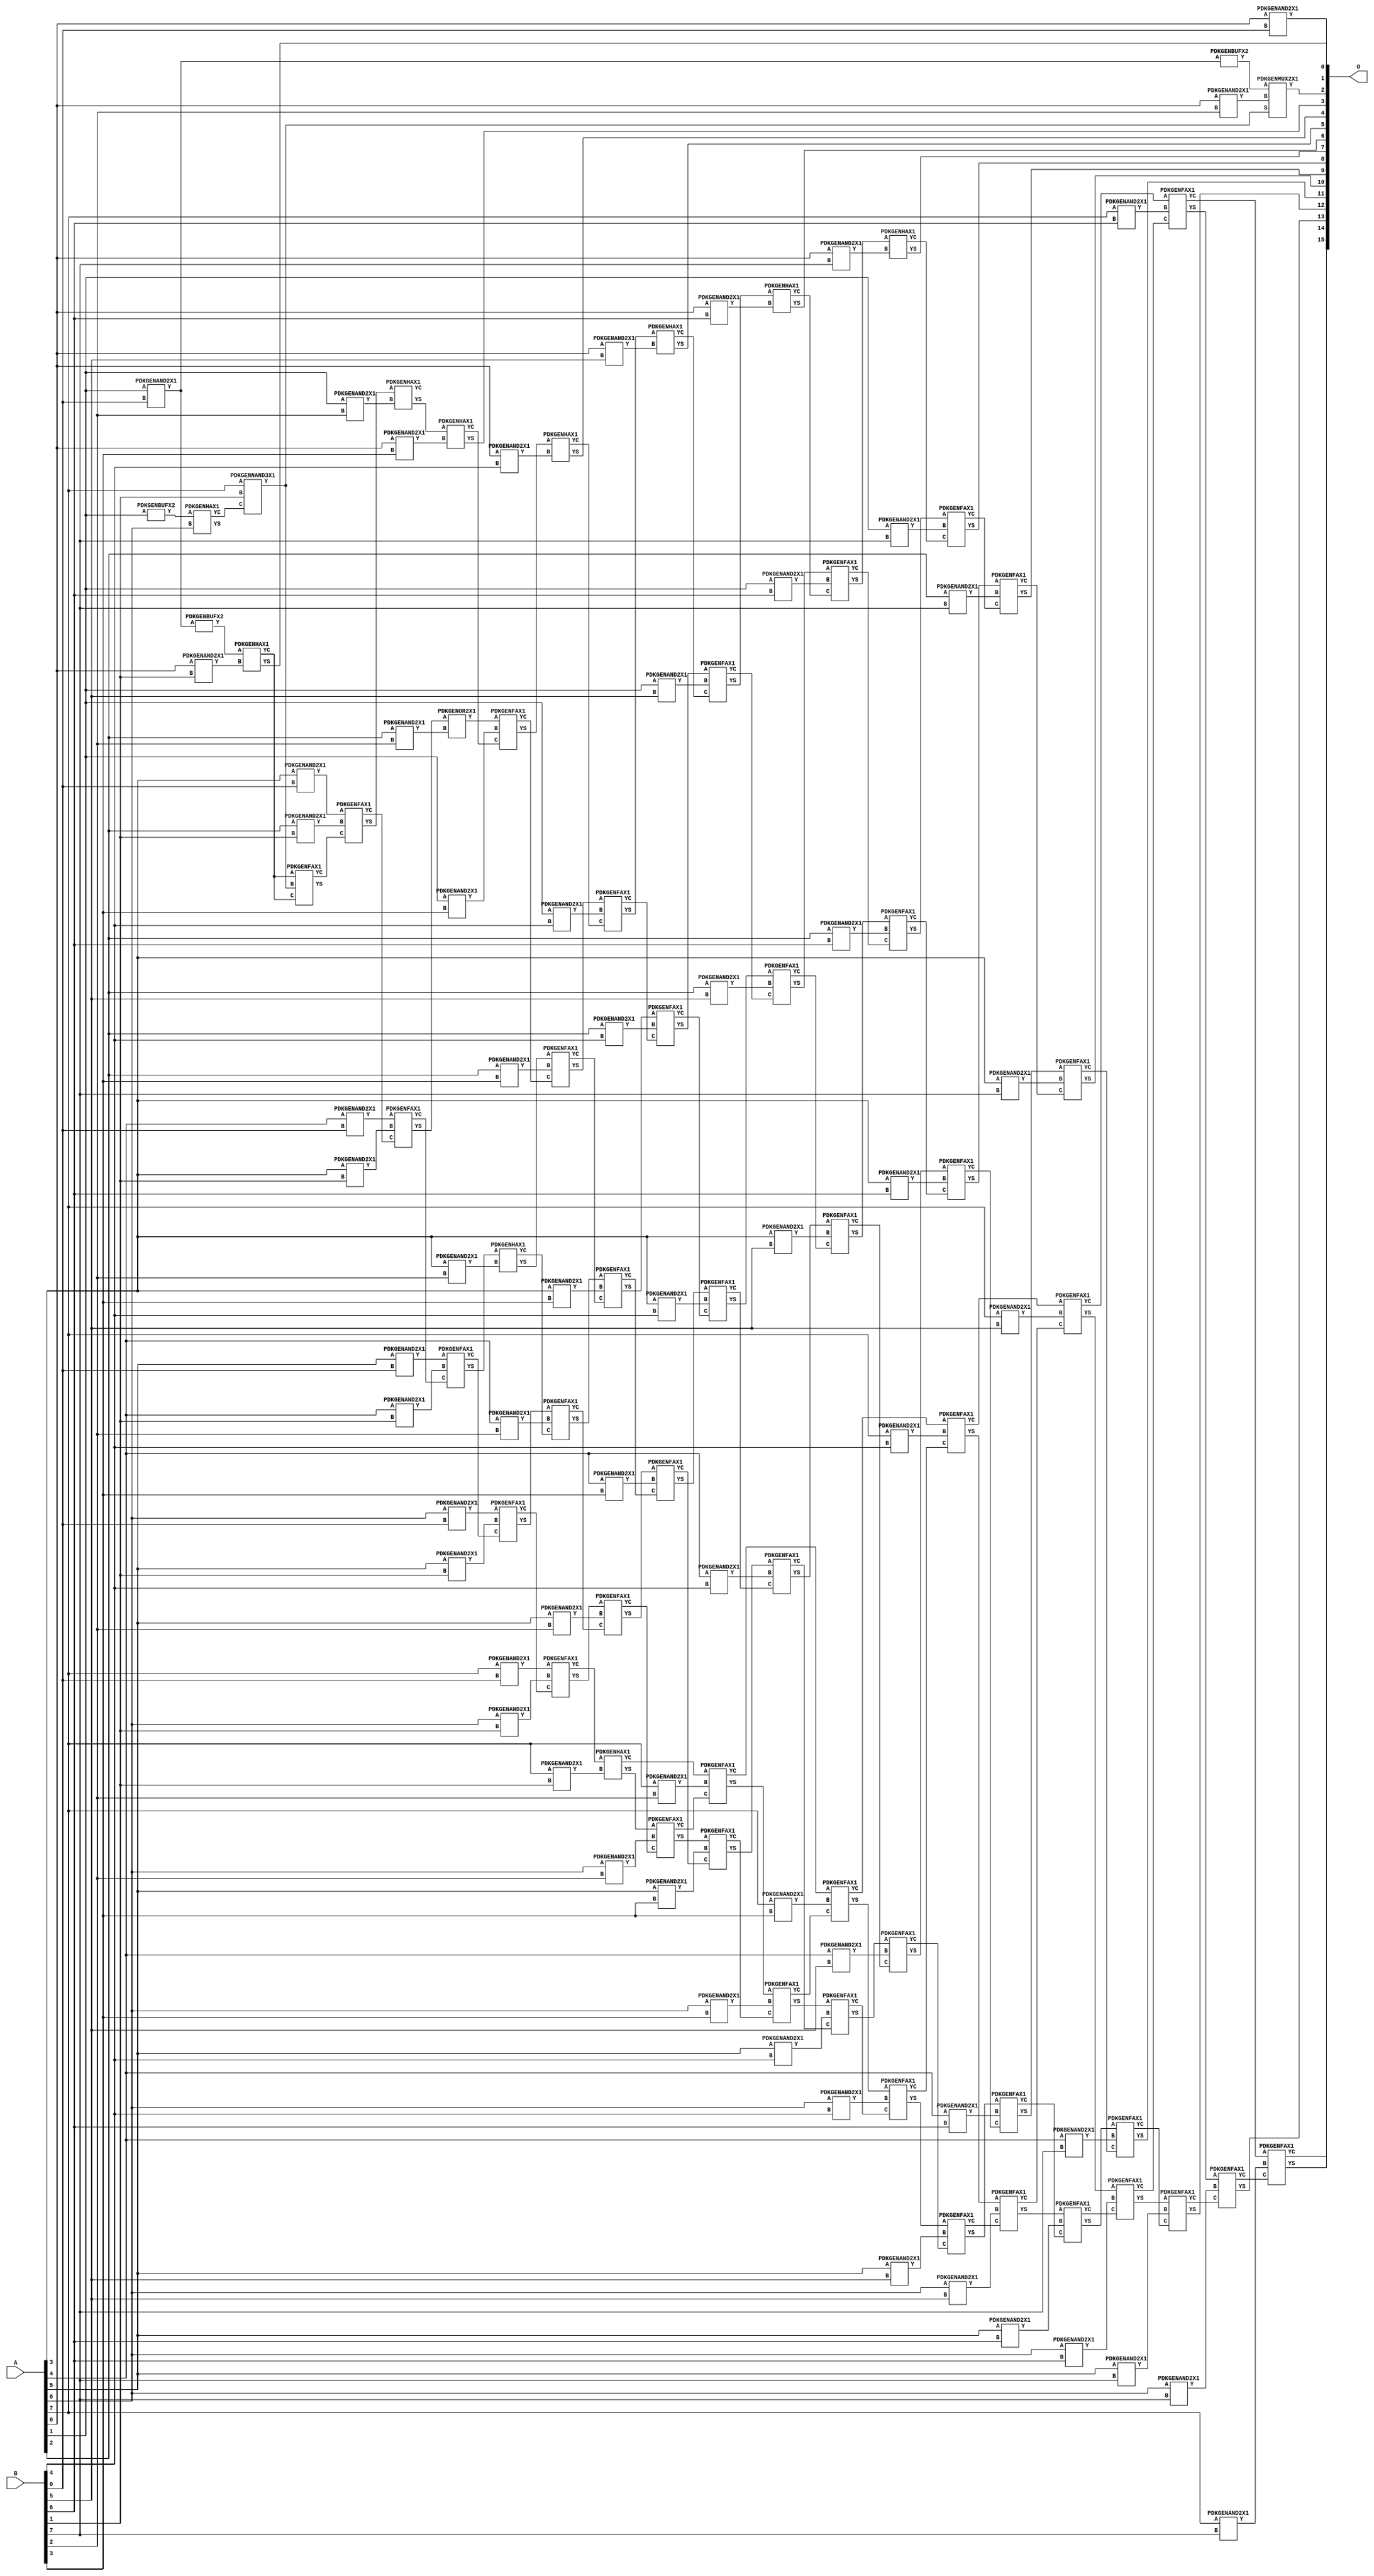
// Library = EvoApprox8b
// Circuit = mul8_050
// Area   (180) = 8372
// Delay  (180) = 5.280
// Power  (180) = 4343.40
// Area   (45) = 609
// Delay  (45) = 1.940
// Power  (45) = 377.60
// Nodes = 123
// HD = 58749
// MAE = 4.71875
// MSE = 92.87500
// MRE = 0.17 %
// WCE = 40
// WCRE = 100 %
// EP = 43.9 %

module mul8_050(A, B, O);
  input [7:0] A;
  input [7:0] B;
  output [15:0] O;
  wire [2031:0] N;

  assign N[0] = A[0];
  assign N[1] = A[0];
  assign N[2] = A[1];
  assign N[3] = A[1];
  assign N[4] = A[2];
  assign N[5] = A[2];
  assign N[6] = A[3];
  assign N[7] = A[3];
  assign N[8] = A[4];
  assign N[9] = A[4];
  assign N[10] = A[5];
  assign N[11] = A[5];
  assign N[12] = A[6];
  assign N[13] = A[6];
  assign N[14] = A[7];
  assign N[15] = A[7];
  assign N[16] = B[0];
  assign N[17] = B[0];
  assign N[18] = B[1];
  assign N[19] = B[1];
  assign N[20] = B[2];
  assign N[21] = B[2];
  assign N[22] = B[3];
  assign N[23] = B[3];
  assign N[24] = B[4];
  assign N[25] = B[4];
  assign N[26] = B[5];
  assign N[27] = B[5];
  assign N[28] = B[6];
  assign N[29] = B[6];
  assign N[30] = B[7];
  assign N[31] = B[7];

  PDKGENAND2X1 n32(.A(N[0]), .B(N[16]), .Y(N[32]));
  PDKGENBUFX2 n40(.A(N[2]), .Y(N[40]));
  assign N[41] = N[40];
  PDKGENAND2X1 n48(.A(N[2]), .B(N[16]), .Y(N[48]));
  assign N[49] = N[48];
  PDKGENBUFX2 n60(.A(N[49]), .Y(N[60]));
  assign N[61] = N[60];
  PDKGENHAX1 n80(.A(N[41]), .B(N[12]), .YS(N[80]), .YC(N[81]));
  PDKGENAND2X1 n82(.A(N[6]), .B(N[16]), .Y(N[82]));
  PDKGENAND2X1 n98(.A(N[8]), .B(N[16]), .Y(N[98]));
  PDKGENAND2X1 n114(.A(N[10]), .B(N[16]), .Y(N[114]));
  PDKGENAND2X1 n132(.A(N[12]), .B(N[16]), .Y(N[132]));
  PDKGENAND2X1 n148(.A(N[14]), .B(N[16]), .Y(N[148]));
  PDKGENAND2X1 n164(.A(N[0]), .B(N[18]), .Y(N[164]));
  PDKGENBUFX2 n168(.A(N[49]), .Y(N[168]));
  assign N[169] = N[168];
  PDKGENNAND3X1 n182(.A(N[14]), .B(N[18]), .C(N[81]), .Y(N[182]));
  assign N[183] = N[182];
  PDKGENAND2X1 n198(.A(N[4]), .B(N[18]), .Y(N[198]));
  PDKGENAND2X1 n214(.A(N[6]), .B(N[18]), .Y(N[214]));
  PDKGENAND2X1 n232(.A(N[8]), .B(N[18]), .Y(N[232]));
  PDKGENAND2X1 n248(.A(N[10]), .B(N[18]), .Y(N[248]));
  PDKGENAND2X1 n264(.A(N[12]), .B(N[18]), .Y(N[264]));
  PDKGENAND2X1 n282(.A(N[14]), .B(N[18]), .Y(N[282]));
  PDKGENHAX1 n298(.A(N[169]), .B(N[164]), .YS(N[298]), .YC(N[299]));
  PDKGENFAX1 n314(.A(N[299]), .B(N[182]), .C(N[299]), .YS(N[314]), .YC(N[315]));
  PDKGENFAX1 n332(.A(N[82]), .B(N[198]), .C(N[315]), .YS(N[332]), .YC(N[333]));
  PDKGENFAX1 n348(.A(N[98]), .B(N[214]), .C(N[333]), .YS(N[348]), .YC(N[349]));
  PDKGENFAX1 n364(.A(N[114]), .B(N[232]), .C(N[349]), .YS(N[364]), .YC(N[365]));
  PDKGENFAX1 n382(.A(N[132]), .B(N[248]), .C(N[365]), .YS(N[382]), .YC(N[383]));
  PDKGENFAX1 n398(.A(N[148]), .B(N[264]), .C(N[383]), .YS(N[398]), .YC(N[399]));
  PDKGENHAX1 n414(.A(N[399]), .B(N[282]), .YS(N[414]), .YC(N[415]));
  PDKGENAND2X1 n432(.A(N[0]), .B(N[20]), .Y(N[432]));
  PDKGENAND2X1 n448(.A(N[2]), .B(N[20]), .Y(N[448]));
  PDKGENAND2X1 n464(.A(N[4]), .B(N[20]), .Y(N[464]));
  PDKGENAND2X1 n482(.A(N[6]), .B(N[20]), .Y(N[482]));
  PDKGENAND2X1 n498(.A(N[8]), .B(N[20]), .Y(N[498]));
  PDKGENAND2X1 n514(.A(N[10]), .B(N[20]), .Y(N[514]));
  PDKGENAND2X1 n532(.A(N[12]), .B(N[20]), .Y(N[532]));
  PDKGENAND2X1 n548(.A(N[14]), .B(N[20]), .Y(N[548]));
  PDKGENMUX2X1 n564(.A(N[61]), .B(N[432]), .S(N[183]), .Y(N[564]));
  PDKGENHAX1 n582(.A(N[332]), .B(N[448]), .YS(N[582]), .YC(N[583]));
  PDKGENOR2X1 n598(.A(N[348]), .B(N[464]), .Y(N[598]));
  PDKGENHAX1 n614(.A(N[364]), .B(N[482]), .YS(N[614]), .YC(N[615]));
  PDKGENFAX1 n632(.A(N[382]), .B(N[498]), .C(N[615]), .YS(N[632]), .YC(N[633]));
  PDKGENFAX1 n648(.A(N[398]), .B(N[514]), .C(N[633]), .YS(N[648]), .YC(N[649]));
  PDKGENFAX1 n664(.A(N[414]), .B(N[532]), .C(N[649]), .YS(N[664]), .YC(N[665]));
  PDKGENFAX1 n682(.A(N[415]), .B(N[548]), .C(N[665]), .YS(N[682]), .YC(N[683]));
  PDKGENAND2X1 n698(.A(N[0]), .B(N[22]), .Y(N[698]));
  PDKGENAND2X1 n714(.A(N[2]), .B(N[22]), .Y(N[714]));
  PDKGENAND2X1 n732(.A(N[4]), .B(N[22]), .Y(N[732]));
  PDKGENAND2X1 n748(.A(N[6]), .B(N[22]), .Y(N[748]));
  PDKGENAND2X1 n764(.A(N[8]), .B(N[22]), .Y(N[764]));
  PDKGENAND2X1 n782(.A(N[10]), .B(N[22]), .Y(N[782]));
  PDKGENAND2X1 n798(.A(N[12]), .B(N[22]), .Y(N[798]));
  PDKGENAND2X1 n814(.A(N[14]), .B(N[22]), .Y(N[814]));
  PDKGENHAX1 n832(.A(N[582]), .B(N[698]), .YS(N[832]), .YC(N[833]));
  PDKGENFAX1 n848(.A(N[598]), .B(N[714]), .C(N[833]), .YS(N[848]), .YC(N[849]));
  PDKGENFAX1 n864(.A(N[614]), .B(N[732]), .C(N[849]), .YS(N[864]), .YC(N[865]));
  PDKGENFAX1 n882(.A(N[632]), .B(N[748]), .C(N[865]), .YS(N[882]), .YC(N[883]));
  PDKGENFAX1 n898(.A(N[648]), .B(N[764]), .C(N[883]), .YS(N[898]), .YC(N[899]));
  PDKGENFAX1 n914(.A(N[664]), .B(N[782]), .C(N[899]), .YS(N[914]), .YC(N[915]));
  PDKGENFAX1 n932(.A(N[682]), .B(N[798]), .C(N[915]), .YS(N[932]), .YC(N[933]));
  PDKGENFAX1 n948(.A(N[683]), .B(N[814]), .C(N[933]), .YS(N[948]), .YC(N[949]));
  PDKGENAND2X1 n964(.A(N[0]), .B(N[24]), .Y(N[964]));
  PDKGENAND2X1 n982(.A(N[2]), .B(N[24]), .Y(N[982]));
  PDKGENAND2X1 n998(.A(N[4]), .B(N[24]), .Y(N[998]));
  PDKGENAND2X1 n1014(.A(N[6]), .B(N[24]), .Y(N[1014]));
  PDKGENAND2X1 n1032(.A(N[8]), .B(N[24]), .Y(N[1032]));
  PDKGENAND2X1 n1048(.A(N[10]), .B(N[24]), .Y(N[1048]));
  PDKGENAND2X1 n1064(.A(N[12]), .B(N[24]), .Y(N[1064]));
  PDKGENAND2X1 n1082(.A(N[14]), .B(N[24]), .Y(N[1082]));
  PDKGENHAX1 n1098(.A(N[848]), .B(N[964]), .YS(N[1098]), .YC(N[1099]));
  PDKGENFAX1 n1114(.A(N[864]), .B(N[982]), .C(N[1099]), .YS(N[1114]), .YC(N[1115]));
  PDKGENFAX1 n1132(.A(N[882]), .B(N[998]), .C(N[1115]), .YS(N[1132]), .YC(N[1133]));
  PDKGENFAX1 n1148(.A(N[898]), .B(N[1014]), .C(N[1133]), .YS(N[1148]), .YC(N[1149]));
  PDKGENFAX1 n1164(.A(N[914]), .B(N[1032]), .C(N[1149]), .YS(N[1164]), .YC(N[1165]));
  PDKGENFAX1 n1182(.A(N[932]), .B(N[1048]), .C(N[1165]), .YS(N[1182]), .YC(N[1183]));
  PDKGENFAX1 n1198(.A(N[948]), .B(N[1064]), .C(N[1183]), .YS(N[1198]), .YC(N[1199]));
  PDKGENFAX1 n1214(.A(N[949]), .B(N[1082]), .C(N[1199]), .YS(N[1214]), .YC(N[1215]));
  PDKGENAND2X1 n1232(.A(N[0]), .B(N[26]), .Y(N[1232]));
  PDKGENAND2X1 n1248(.A(N[2]), .B(N[26]), .Y(N[1248]));
  PDKGENAND2X1 n1264(.A(N[4]), .B(N[26]), .Y(N[1264]));
  PDKGENAND2X1 n1282(.A(N[6]), .B(N[26]), .Y(N[1282]));
  PDKGENAND2X1 n1298(.A(N[8]), .B(N[26]), .Y(N[1298]));
  PDKGENAND2X1 n1314(.A(N[10]), .B(N[26]), .Y(N[1314]));
  PDKGENAND2X1 n1332(.A(N[12]), .B(N[26]), .Y(N[1332]));
  PDKGENAND2X1 n1348(.A(N[14]), .B(N[26]), .Y(N[1348]));
  PDKGENHAX1 n1364(.A(N[1114]), .B(N[1232]), .YS(N[1364]), .YC(N[1365]));
  PDKGENFAX1 n1382(.A(N[1132]), .B(N[1248]), .C(N[1365]), .YS(N[1382]), .YC(N[1383]));
  PDKGENFAX1 n1398(.A(N[1148]), .B(N[1264]), .C(N[1383]), .YS(N[1398]), .YC(N[1399]));
  PDKGENFAX1 n1414(.A(N[1164]), .B(N[1282]), .C(N[1399]), .YS(N[1414]), .YC(N[1415]));
  PDKGENFAX1 n1432(.A(N[1182]), .B(N[1298]), .C(N[1415]), .YS(N[1432]), .YC(N[1433]));
  PDKGENFAX1 n1448(.A(N[1198]), .B(N[1314]), .C(N[1433]), .YS(N[1448]), .YC(N[1449]));
  PDKGENFAX1 n1464(.A(N[1214]), .B(N[1332]), .C(N[1449]), .YS(N[1464]), .YC(N[1465]));
  PDKGENFAX1 n1482(.A(N[1215]), .B(N[1348]), .C(N[1465]), .YS(N[1482]), .YC(N[1483]));
  PDKGENAND2X1 n1498(.A(N[0]), .B(N[28]), .Y(N[1498]));
  PDKGENAND2X1 n1514(.A(N[2]), .B(N[28]), .Y(N[1514]));
  PDKGENAND2X1 n1532(.A(N[4]), .B(N[28]), .Y(N[1532]));
  PDKGENAND2X1 n1548(.A(N[6]), .B(N[28]), .Y(N[1548]));
  PDKGENAND2X1 n1564(.A(N[8]), .B(N[28]), .Y(N[1564]));
  PDKGENAND2X1 n1582(.A(N[10]), .B(N[28]), .Y(N[1582]));
  PDKGENAND2X1 n1598(.A(N[12]), .B(N[28]), .Y(N[1598]));
  PDKGENAND2X1 n1614(.A(N[14]), .B(N[28]), .Y(N[1614]));
  PDKGENHAX1 n1632(.A(N[1382]), .B(N[1498]), .YS(N[1632]), .YC(N[1633]));
  PDKGENFAX1 n1648(.A(N[1398]), .B(N[1514]), .C(N[1633]), .YS(N[1648]), .YC(N[1649]));
  PDKGENFAX1 n1664(.A(N[1414]), .B(N[1532]), .C(N[1649]), .YS(N[1664]), .YC(N[1665]));
  PDKGENFAX1 n1682(.A(N[1432]), .B(N[1548]), .C(N[1665]), .YS(N[1682]), .YC(N[1683]));
  PDKGENFAX1 n1698(.A(N[1448]), .B(N[1564]), .C(N[1683]), .YS(N[1698]), .YC(N[1699]));
  PDKGENFAX1 n1714(.A(N[1464]), .B(N[1582]), .C(N[1699]), .YS(N[1714]), .YC(N[1715]));
  PDKGENFAX1 n1732(.A(N[1482]), .B(N[1598]), .C(N[1715]), .YS(N[1732]), .YC(N[1733]));
  PDKGENFAX1 n1748(.A(N[1483]), .B(N[1614]), .C(N[1733]), .YS(N[1748]), .YC(N[1749]));
  PDKGENAND2X1 n1764(.A(N[0]), .B(N[30]), .Y(N[1764]));
  PDKGENAND2X1 n1782(.A(N[2]), .B(N[30]), .Y(N[1782]));
  PDKGENAND2X1 n1798(.A(N[4]), .B(N[30]), .Y(N[1798]));
  PDKGENAND2X1 n1814(.A(N[6]), .B(N[30]), .Y(N[1814]));
  PDKGENAND2X1 n1832(.A(N[8]), .B(N[30]), .Y(N[1832]));
  PDKGENAND2X1 n1848(.A(N[10]), .B(N[30]), .Y(N[1848]));
  PDKGENAND2X1 n1864(.A(N[12]), .B(N[30]), .Y(N[1864]));
  PDKGENAND2X1 n1882(.A(N[14]), .B(N[30]), .Y(N[1882]));
  PDKGENHAX1 n1898(.A(N[1648]), .B(N[1764]), .YS(N[1898]), .YC(N[1899]));
  PDKGENFAX1 n1914(.A(N[1664]), .B(N[1782]), .C(N[1899]), .YS(N[1914]), .YC(N[1915]));
  PDKGENFAX1 n1932(.A(N[1682]), .B(N[1798]), .C(N[1915]), .YS(N[1932]), .YC(N[1933]));
  PDKGENFAX1 n1948(.A(N[1698]), .B(N[1814]), .C(N[1933]), .YS(N[1948]), .YC(N[1949]));
  PDKGENFAX1 n1964(.A(N[1714]), .B(N[1832]), .C(N[1949]), .YS(N[1964]), .YC(N[1965]));
  PDKGENFAX1 n1982(.A(N[1732]), .B(N[1848]), .C(N[1965]), .YS(N[1982]), .YC(N[1983]));
  PDKGENFAX1 n1998(.A(N[1748]), .B(N[1864]), .C(N[1983]), .YS(N[1998]), .YC(N[1999]));
  PDKGENFAX1 n2014(.A(N[1749]), .B(N[1882]), .C(N[1999]), .YS(N[2014]), .YC(N[2015]));

  assign O[0] = N[32];
  assign O[1] = N[298];
  assign O[2] = N[564];
  assign O[3] = N[832];
  assign O[4] = N[1098];
  assign O[5] = N[1364];
  assign O[6] = N[1632];
  assign O[7] = N[1898];
  assign O[8] = N[1914];
  assign O[9] = N[1932];
  assign O[10] = N[1948];
  assign O[11] = N[1964];
  assign O[12] = N[1982];
  assign O[13] = N[1998];
  assign O[14] = N[2014];
  assign O[15] = N[2015];

endmodule
/* mod */
module PDKGENFAX1( input A, input B, input C, output YS, output YC );
    assign YS = (A ^ B) ^ C;
    assign YC = (A & B) | (B & C) | (A & C);
endmodule
/* mod */
module PDKGENMUX2X1( input A, input B, input S, output Y );
    assign Y = (A & ~S) | (B & S);
endmodule
/* mod */
module PDKGENHAX1( input A, input B, output YS, output YC );
    assign YS = A ^ B;
    assign YC = A & B;
endmodule
/* mod */
module PDKGENOR2X1(input A, input B, output Y );
     assign Y = A | B;
endmodule
/* mod */
module PDKGENAND2X1(input A, input B, output Y );
     assign Y = A & B;
endmodule
/* mod */
module PDKGENNAND3X1(input A, input B, input C, output Y );
     assign Y = ~((A & B) & C);
endmodule
/* mod */
module PDKGENBUFX2(input A, output Y );
     assign Y = A;
endmodule